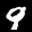
Label: 9